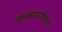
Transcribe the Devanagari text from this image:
कल्मागोरफ